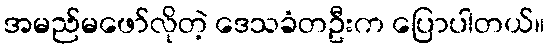
အမည်မဖော်လိုတဲ့ ဒေသခံတဦးက ပြောပါတယ်။